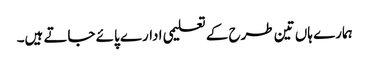
ہمارے ہاں تین طرح کے تعلیمی ادارے پائے جاتے ہیں۔